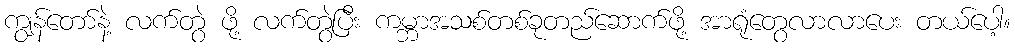
ကျွန်တော်နဲ့ လက်တွဲ ဖို့ လက်တွဲပြီး ကမ္ဘာအသစ်တစ်ခုတည်ဆောက်ဖို့ အာရုံတွေလာလာပေး တယ်ပေါ့။